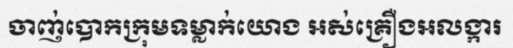
ចាញ់បោកក្រុមទម្លាក់យោង អស់គ្រឿងអលង្ការ